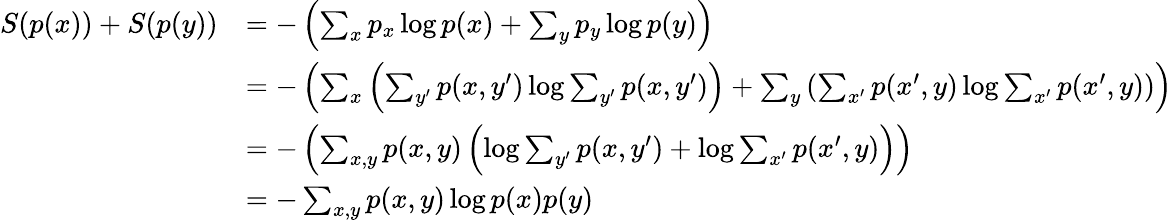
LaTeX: {\begin{array}{rl}{S(p(x))+S(p(y))}&{=-\left(\sum_{x}p_{x}\log p(x)+\sum_{y}p_{y}\log p(y)\right)}\\ &{=-\left(\sum_{x}\left(\sum_{y^{\prime}}p(x,y^{\prime})\log\sum_{y^{\prime}}p(x,y^{\prime})\right)+\sum_{y}\left(\sum_{x^{\prime}}p(x^{\prime},y)\log\sum_{x^{\prime}}p(x^{\prime},y)\right)\right)}\\ &{=-\left(\sum_{x,y}p(x,y)\left(\log\sum_{y^{\prime}}p(x,y^{\prime})+\log\sum_{x^{\prime}}p(x^{\prime},y)\right)\right)}\\ &{=-\sum_{x,y}p(x,y)\log p(x)p(y)}\end{array}}